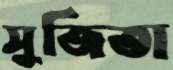
সুজিতা